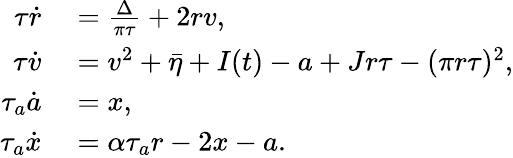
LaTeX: \begin{array}{rl}{\tau\dot{r}}&{{}=\frac{\Delta}{\pi\tau}+2rv,}\\ {\tau\dot{v}}&{{}=v^{2}+\bar{\eta}+I(t)-a+Jr\tau-(\pi r\tau)^{2},}\\ {\tau_{a}\dot{a}}&{{}=x,}\\ {\tau_{a}\dot{x}}&{{}=\alpha\tau_{a}r-2x-a.}\end{array}